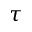
\tau